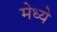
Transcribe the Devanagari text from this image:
मेध्ये